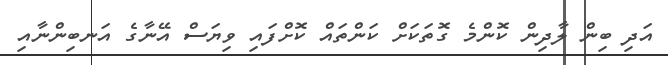
އަދި ބިން ލާދިން ކޮންމެ ގޮތަކަށް ކަންތައް ކޮށްފައި ވިޔަސް އޭނާގެ އަނބިންނާއި